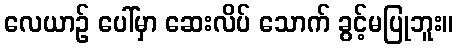
လေယာဉ် ပေါ်မှာ ဆေးလိပ် သောက် ခွင့်မပြုဘူး။